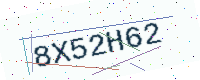
Text: 8X52H62